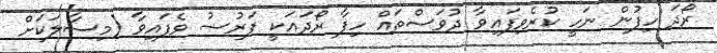
ރޯދަ ހިފުން ނަހީ ކުރެވިފައިވާ ދުވަސްތައް ހިފާ ރޯދައަކީ ފަރުޟު ވެފައިވާ (މިސާލަކަށް